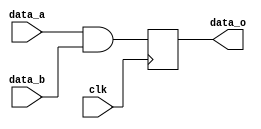

module example_and2 (
	input clk,
    input wire data_a,
    input wire data_b,
    output reg data_o
);

	always @ (posedge clk) begin
		data_o <= data_a & data_b;
	end

endmodule